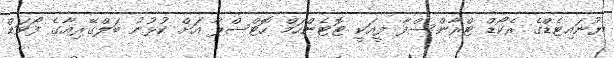
ޔުނައިޓެޑްގެ ރެކޯޑް ޓްރާންސްފާ ފީއަކީ ޓޮޓެންހަމް ހޮޓްސްޕާ އަށް ކުޅުނު ބަލްގޭރިއާގެ ފޯވަޑް